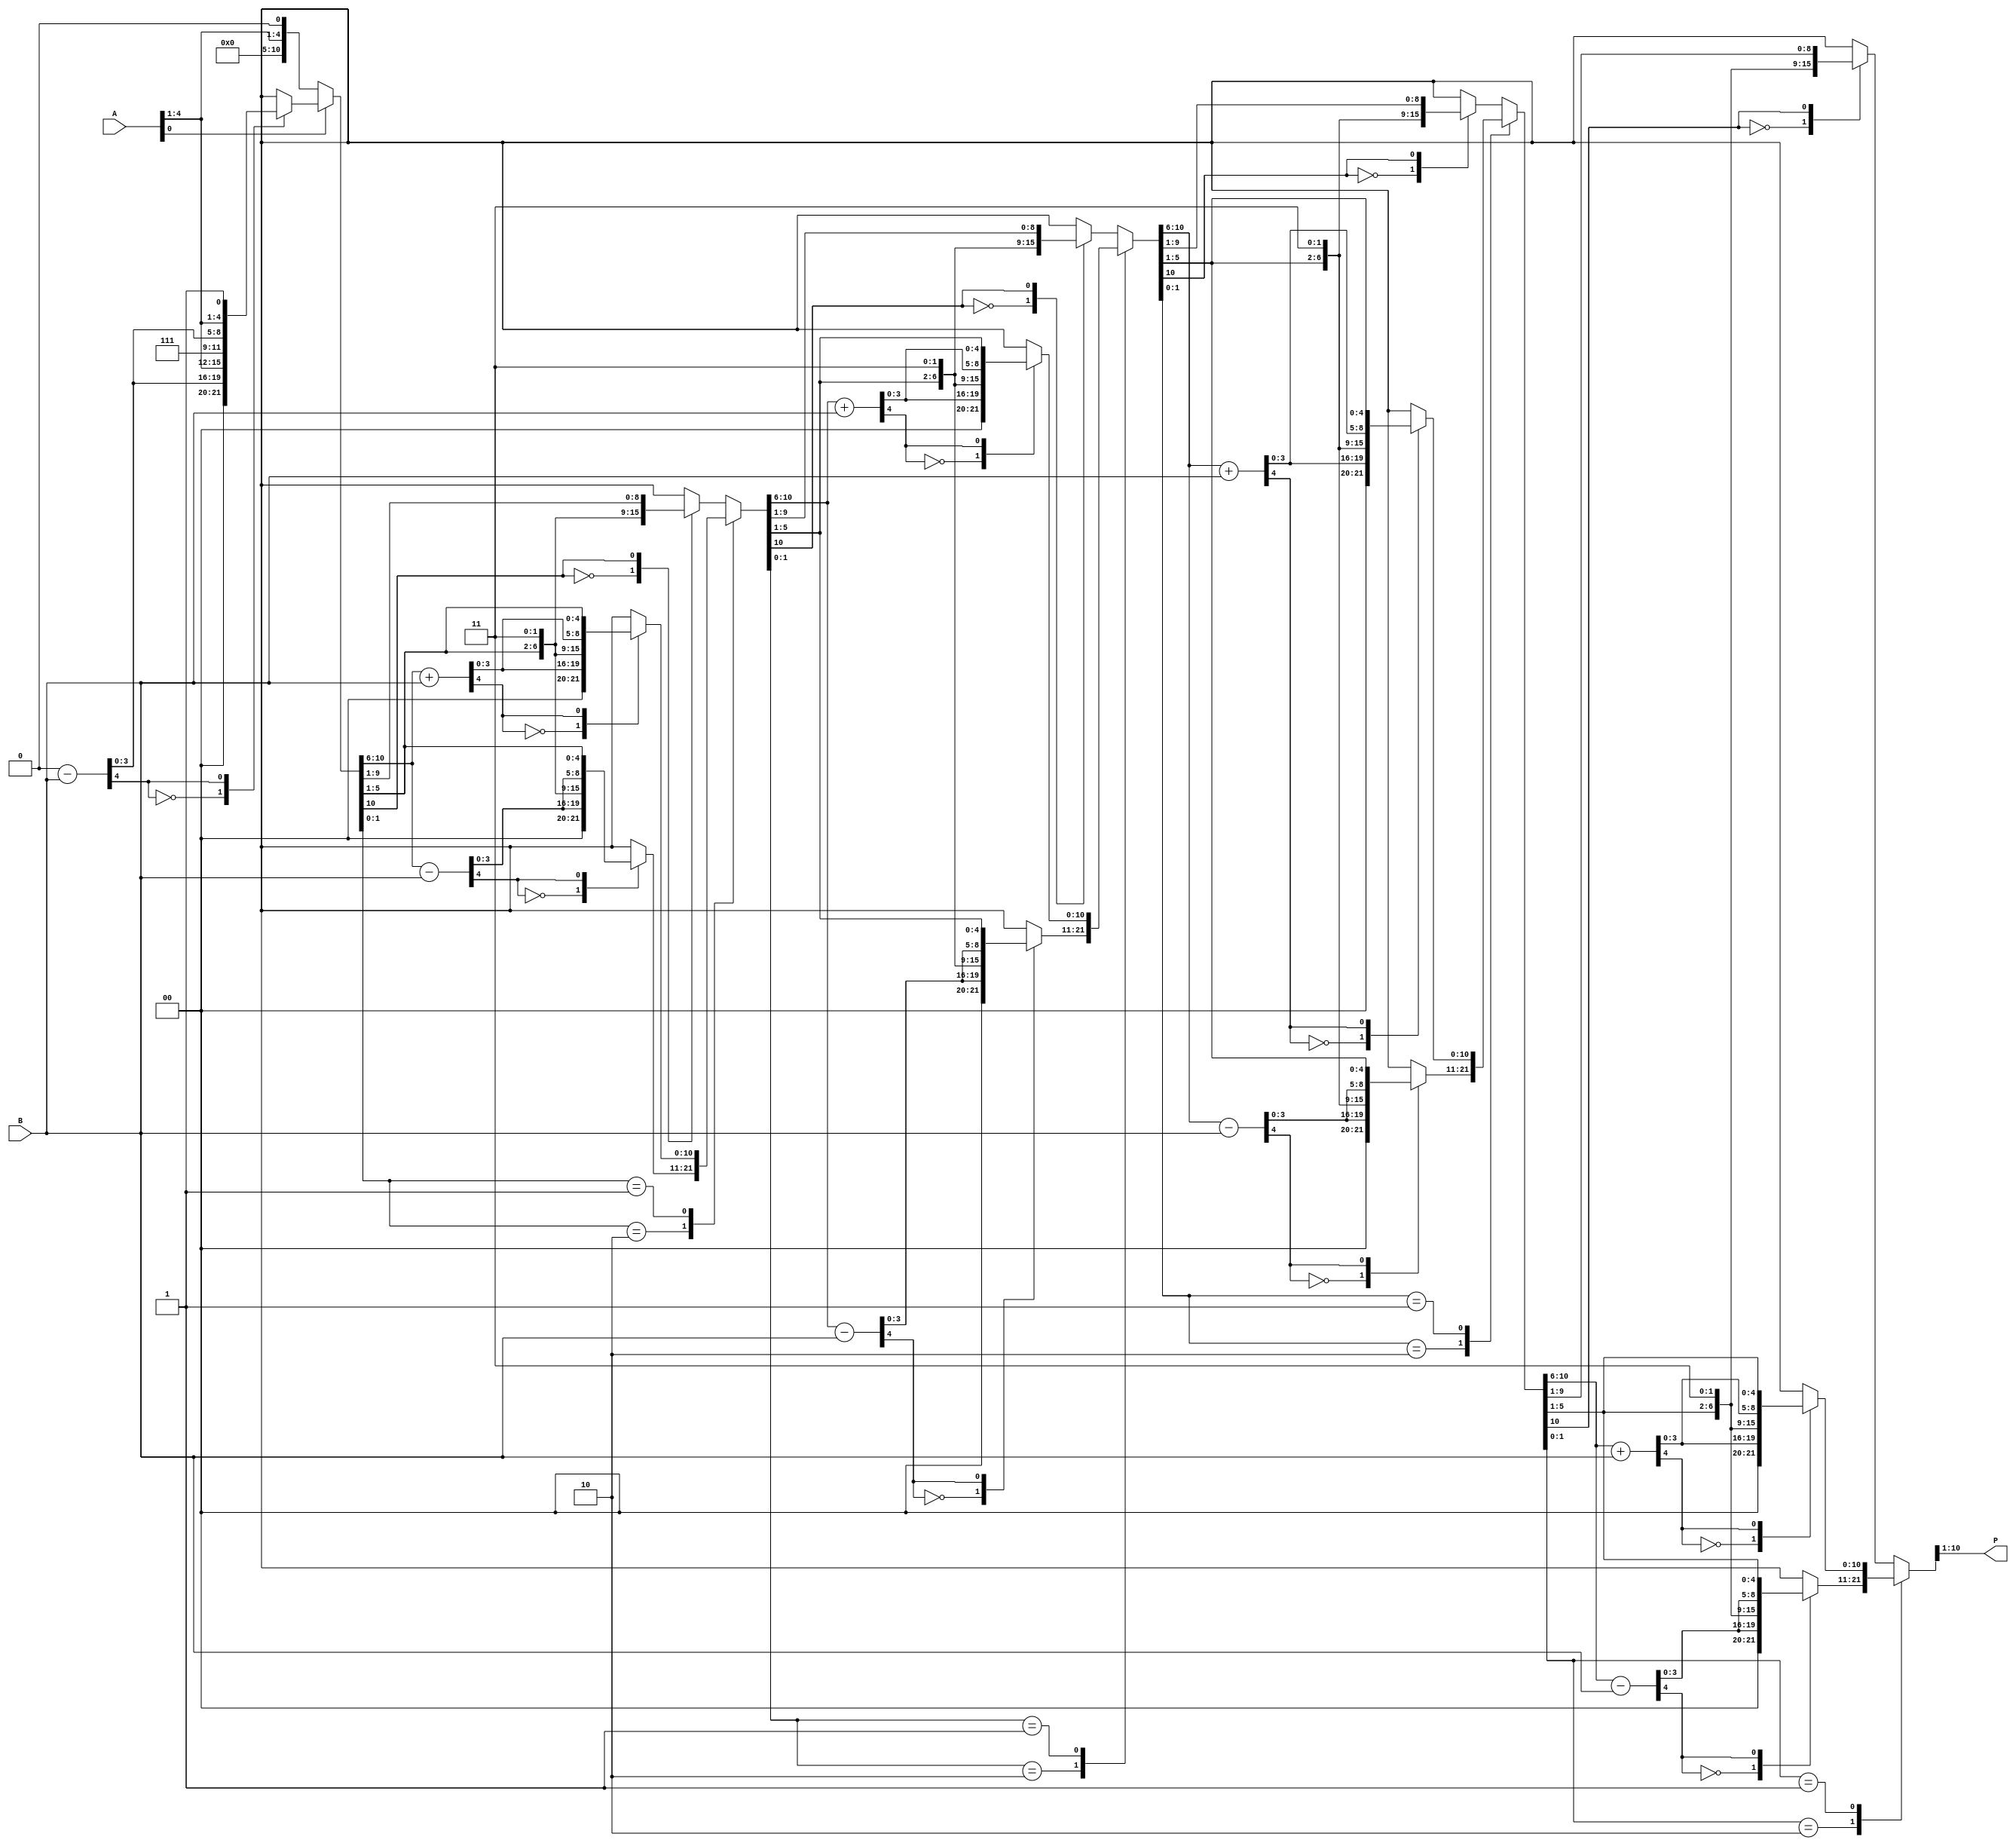
module booth2(A, B, P);
parameter width=5;			//
input [width-1:0]A,B;
output [width+width-1:0]P;
reg [width+width-1:0]P;
integer Count;
reg [width+width:0]PA, right;

always@(A or B)
	begin
		PA[width+width:0]={5'b0,A,1'b0};
		for(Count=0;Count<width; Count=Count+1)
			begin	
				case(PA[1:0])
					2'b10:
						begin
							PA[width+width:width+1] = PA[width+width:width+1]-B[width-1:0];
							rightshl(PA,right);
						end
					2'b01:
						begin
							PA[width+width:width+1] = PA[width+width:width+1]+B[width-1:0];
							rightshl(PA,right);
						end
					default:
						rightshl(PA,right);
				endcase
			PA=right;
		end
			P[width+width-1:0]=PA[width+width:1];
	end
	
	task rightshl;
	input [width+width:0]PA;
	output [width+width:0]right;
		case(PA[width+width])
		1'b0:right[width+width:0]={1'b0,PA[width+width:1]};
			1'b1:right[width+width:0]={1'b1,PA[width+width:1]};
		endcase
	endtask
endmodule